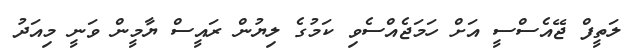
ލަތީފް ޖޭއެސްސީ އަށް ހަމަޖެއްސެވި ކަމުގެ ލިޔުން ރައީސް ޔާމީން ވަނީ މިއަދު